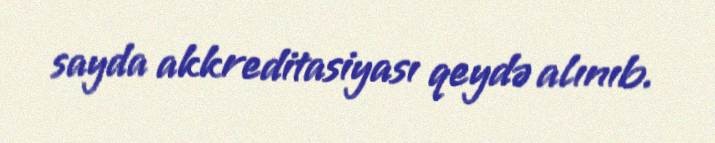
sayda akkreditasiyası qeydə alınıb.